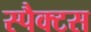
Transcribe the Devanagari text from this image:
स्पैक्टस